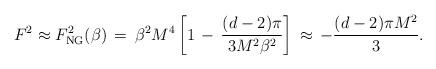
LaTeX: \begin{align*}F^2\approx F^2_{{\rm NG}}(\beta)\,=\,\beta^2M^4\left[1\,-\,\frac{(d-2)\pi}{3M^2\beta^2}\right]\,\approx\,-\frac{(d-2)\pi M^2}{3}.\end{align*}